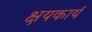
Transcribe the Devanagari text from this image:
क्षयकार्य